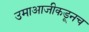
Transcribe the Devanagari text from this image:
उमाआजीकडूनच